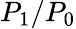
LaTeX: P_{1}/P_{0}